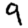
Digit: 9